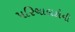
પરિચાલકોની